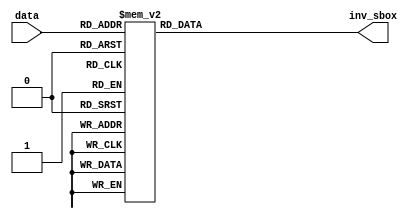

module sub_box(data, inv_sbox);

input [7:0]data;
output reg [7:0]inv_sbox;



always@*
    case(data)
          
      8'h0 : inv_sbox = 8'h52;
	        8'h1 : inv_sbox = 8'h09;
	        8'h2 : inv_sbox = 8'h6A;
	        8'h3 : inv_sbox = 8'hD5;
	        8'h4 : inv_sbox = 8'h30;
	        8'h5 : inv_sbox = 8'h36;
	        8'h6 : inv_sbox = 8'hA5;
	        8'h7 : inv_sbox = 8'h38;
	        8'h8 : inv_sbox = 8'hBF;
	        8'h9 : inv_sbox = 8'h40;
	        8'hA : inv_sbox = 8'hA3;
	        8'hB : inv_sbox = 8'h9E;
	        8'hC : inv_sbox = 8'h81;
	        8'hD : inv_sbox = 8'hF3;
	        8'hE : inv_sbox = 8'hD7;
	        8'hF : inv_sbox = 8'hFB;
	        8'h10 : inv_sbox = 8'h7C;
	        8'h11 : inv_sbox = 8'hE3;
	        8'h12 : inv_sbox = 8'h39;
	        8'h13 : inv_sbox = 8'h82;
	        8'h14 : inv_sbox = 8'h9B;
	        8'h15 : inv_sbox = 8'h2F;
	        8'h16 : inv_sbox = 8'hFF;
	        8'h17 : inv_sbox = 8'h87;
	        8'h18 : inv_sbox = 8'h34;
	        8'h19 : inv_sbox = 8'h8E;
	        8'h1A : inv_sbox = 8'h43;
	        8'h1B : inv_sbox = 8'h44;
	        8'h1C : inv_sbox = 8'hC4;
	        8'h1D : inv_sbox = 8'hDE;
	        8'h1E : inv_sbox = 8'hE9;
	        8'h1F : inv_sbox = 8'hCB;
	        8'h20 : inv_sbox = 8'h54;
	        8'h21 : inv_sbox = 8'h7B;
	        8'h22 : inv_sbox = 8'h94;
	        8'h23 : inv_sbox = 8'h32;
	        8'h24 : inv_sbox = 8'hA6;
	        8'h25 : inv_sbox = 8'hC2;
	        8'h26 : inv_sbox = 8'h23;
	        8'h27 : inv_sbox = 8'h3D;
	        8'h28 : inv_sbox = 8'hEE;
	        8'h29 : inv_sbox = 8'h4C;
	        8'h2A : inv_sbox = 8'h95;
	        8'h2B : inv_sbox = 8'h0B;
	        8'h2C : inv_sbox = 8'h42;
	        8'h2D : inv_sbox = 8'hFA;
	        8'h2E : inv_sbox = 8'hC3;
	        8'h2F : inv_sbox = 8'h4E;
	        8'h30 : inv_sbox = 8'h08;
	        8'h31 : inv_sbox = 8'h2E;
	        8'h32 : inv_sbox = 8'hA1;
	        8'h33 : inv_sbox = 8'h66;
	        8'h34 : inv_sbox = 8'h28;
	        8'h35 : inv_sbox = 8'hD9;
	        8'h36 : inv_sbox = 8'h24;
	        8'h37 : inv_sbox = 8'hB2;
	        8'h38 : inv_sbox = 8'h76;
	        8'h39 : inv_sbox = 8'h5B;
	        8'h3A : inv_sbox = 8'hA2;
	        8'h3B : inv_sbox = 8'h49;
	        8'h3C : inv_sbox = 8'h6D;
	        8'h3D : inv_sbox = 8'h8B;
	        8'h3E : inv_sbox = 8'hD1;
	        8'h3F : inv_sbox = 8'h25;
	        8'h40 : inv_sbox = 8'h72;
	        8'h41 : inv_sbox = 8'hF8;
	        8'h42 : inv_sbox = 8'hF6;
	        8'h43 : inv_sbox = 8'h64;
	        8'h44 : inv_sbox = 8'h86;
	        8'h45 : inv_sbox = 8'h68;
	        8'h46 : inv_sbox = 8'h98;
	        8'h47 : inv_sbox = 8'h16;
	        8'h48 : inv_sbox = 8'hD4;
	        8'h49 : inv_sbox = 8'hA4;
	        8'h4A : inv_sbox = 8'h5C;
	        8'h4B : inv_sbox = 8'hCC;
	        8'h4C : inv_sbox = 8'h5D;
	        8'h4D : inv_sbox = 8'h65;
	        8'h4E : inv_sbox = 8'hB6;
	        8'h4F : inv_sbox = 8'h92;
	        8'h50 : inv_sbox = 8'h6C;
	        8'h51 : inv_sbox = 8'h70;
	        8'h52 : inv_sbox = 8'h48;
	        8'h53 : inv_sbox = 8'h50;
	        8'h54 : inv_sbox = 8'hFD;
	        8'h55 : inv_sbox = 8'hED;
	        8'h56 : inv_sbox = 8'hB9;
	        8'h57 : inv_sbox = 8'hDA;
	        8'h58 : inv_sbox = 8'h5E;
	        8'h59 : inv_sbox = 8'h15;
	        8'h5A : inv_sbox = 8'h46;
	        8'h5B : inv_sbox = 8'h57;
	        8'h5C : inv_sbox = 8'hA7;
	        8'h5D : inv_sbox = 8'h8D;
	        8'h5E : inv_sbox = 8'h9D;
	        8'h5F : inv_sbox = 8'h84;
	        8'h60 : inv_sbox = 8'h90;
	        8'h61 : inv_sbox = 8'hD8;
	        8'h62 : inv_sbox = 8'hAB;
	        8'h63 : inv_sbox = 8'h00;
	        8'h64 : inv_sbox = 8'h8C;
	        8'h65 : inv_sbox = 8'hBC;
	        8'h66 : inv_sbox = 8'hD3;
	        8'h67 : inv_sbox = 8'h0A;
	        8'h68 : inv_sbox = 8'hF7;
	        8'h69 : inv_sbox = 8'hE4;
	        8'h6A : inv_sbox = 8'h58;
	        8'h6B : inv_sbox = 8'h05;
	        8'h6C : inv_sbox = 8'hB8;
	        8'h6D : inv_sbox = 8'hB3;
	        8'h6E : inv_sbox = 8'h45;
	        8'h6F : inv_sbox = 8'h06;
	        8'h70 : inv_sbox = 8'hD0;
	        8'h71 : inv_sbox = 8'h2C;
	        8'h72 : inv_sbox = 8'h1E;
	        8'h73 : inv_sbox = 8'h8F;
	        8'h74 : inv_sbox = 8'hCA;
	        8'h75 : inv_sbox = 8'h3F;
	        8'h76 : inv_sbox = 8'h0F;
	        8'h77 : inv_sbox = 8'h02;
	        8'h78 : inv_sbox = 8'hC1;
	        8'h79 : inv_sbox = 8'hAF;
	        8'h7A : inv_sbox = 8'hBD;
	        8'h7B : inv_sbox = 8'h03;
	        8'h7C : inv_sbox = 8'h01;
	        8'h7D : inv_sbox = 8'h13;
	        8'h7E : inv_sbox = 8'h8A;
	        8'h7F : inv_sbox = 8'h6B;
	        8'h80 : inv_sbox = 8'h3A;
	        8'h81 : inv_sbox = 8'h91;
	        8'h82 : inv_sbox = 8'h11;
	        8'h83 : inv_sbox = 8'h41;
	        8'h84 : inv_sbox = 8'h4F;
	        8'h85 : inv_sbox = 8'h67;
	        8'h86 : inv_sbox = 8'hDC;
	        8'h87 : inv_sbox = 8'hEA;
	        8'h88 : inv_sbox = 8'h97;
	        8'h89 : inv_sbox = 8'hF2;
	        8'h8A : inv_sbox = 8'hCF;
	        8'h8B : inv_sbox = 8'hCE;
	        8'h8C : inv_sbox = 8'hF0;
	        8'h8D : inv_sbox = 8'hB4;
	        8'h8E : inv_sbox = 8'hE6;
	        8'h8F : inv_sbox = 8'h73;
	        8'h90 : inv_sbox = 8'h96;
	        8'h91 : inv_sbox = 8'hAC;
	        8'h92 : inv_sbox = 8'h74;
	        8'h93 : inv_sbox = 8'h22;
	        8'h94 : inv_sbox = 8'hE7;
	        8'h95 : inv_sbox = 8'hAD;
	        8'h96 : inv_sbox = 8'h35;
	        8'h97 : inv_sbox = 8'h85;
	        8'h98 : inv_sbox = 8'hE2;
	        8'h99 : inv_sbox = 8'hF9;
	        8'h9A : inv_sbox = 8'h37;
	        8'h9B : inv_sbox = 8'hE8;
	        8'h9C : inv_sbox = 8'h1C;
	        8'h9D : inv_sbox = 8'h75;
	        8'h9E : inv_sbox = 8'hDF;
	        8'h9F : inv_sbox = 8'h6E;
	        8'hA0 : inv_sbox = 8'h47;
	        8'hA1 : inv_sbox = 8'hF1;
	        8'hA2 : inv_sbox = 8'h1A;
	        8'hA3 : inv_sbox = 8'h71;
	        8'hA4 : inv_sbox = 8'h1D;
	        8'hA5 : inv_sbox = 8'h29;
	        8'hA6 : inv_sbox = 8'hC5;
	        8'hA7 : inv_sbox = 8'h89;
	        8'hA8 : inv_sbox = 8'h6F;
	        8'hA9 : inv_sbox = 8'hB7;
	        8'hAA : inv_sbox = 8'h62;
	        8'hAB : inv_sbox = 8'h0E;
	        8'hAC : inv_sbox = 8'hAA;
	        8'hAD : inv_sbox = 8'h18;
	        8'hAE : inv_sbox = 8'hBE;
	        8'hAF : inv_sbox = 8'h1B;
	        8'hB0 : inv_sbox = 8'hFC;
	        8'hB1 : inv_sbox = 8'h56;
	        8'hB2 : inv_sbox = 8'h3E;
	        8'hB3 : inv_sbox = 8'h4B;
	        8'hB4 : inv_sbox = 8'hC6;
	        8'hB5 : inv_sbox = 8'hD2;
	        8'hB6 : inv_sbox = 8'h79;
	        8'hB7 : inv_sbox = 8'h20;
	        8'hB8 : inv_sbox = 8'h9A;
	        8'hB9 : inv_sbox = 8'hDB;
	        8'hBA : inv_sbox = 8'hC0;
	        8'hBB : inv_sbox = 8'hFE;
	        8'hBC : inv_sbox = 8'h78;
	        8'hBD : inv_sbox = 8'hCD;
	        8'hBE : inv_sbox = 8'h5A;
	        8'hBF : inv_sbox = 8'hF4;
	        8'hC0 : inv_sbox = 8'h1F;
	        8'hC1 : inv_sbox = 8'hDD;
	        8'hC2 : inv_sbox = 8'hA8;
	        8'hC3 : inv_sbox = 8'h33;
	        8'hC4 : inv_sbox = 8'h88;
	        8'hC5 : inv_sbox = 8'h07;
	        8'hC6 : inv_sbox = 8'hC7;
	        8'hC7 : inv_sbox = 8'h31;
	        8'hC8 : inv_sbox = 8'hB1;
	        8'hC9 : inv_sbox = 8'h12;
	        8'hCA : inv_sbox = 8'h10;
	        8'hCB : inv_sbox = 8'h59;
	        8'hCC : inv_sbox = 8'h27;
	        8'hCD : inv_sbox = 8'h80;
	        8'hCE : inv_sbox = 8'hEC;
	        8'hCF : inv_sbox = 8'h5F;
	        8'hD0 : inv_sbox = 8'h60;
	        8'hD1 : inv_sbox = 8'h51;
	        8'hD2 : inv_sbox = 8'h7F;
	        8'hD3 : inv_sbox = 8'hA9;
	        8'hD4 : inv_sbox = 8'h19;
	        8'hD5 : inv_sbox = 8'hB5;
	        8'hD6 : inv_sbox = 8'h4A;
	        8'hD7 : inv_sbox = 8'h0D;
	        8'hD8 : inv_sbox = 8'h2D;
	        8'hD9 : inv_sbox = 8'hE5;
	        8'hDA : inv_sbox = 8'h7A;
	        8'hDB : inv_sbox = 8'h9F;
	        8'hDC : inv_sbox = 8'h93;
	        8'hDD : inv_sbox = 8'hC9;
	        8'hDE : inv_sbox = 8'h9C;
	        8'hDF : inv_sbox = 8'hEF;
	        8'hE0 : inv_sbox = 8'hA0;
	        8'hE1 : inv_sbox = 8'hE0;
	        8'hE2 : inv_sbox = 8'h3B;
	        8'hE3 : inv_sbox = 8'h4D;
	        8'hE4 : inv_sbox = 8'hAE;
	        8'hE5 : inv_sbox = 8'h2A;
	        8'hE6 : inv_sbox = 8'hF5;
	        8'hE7 : inv_sbox = 8'hB0;
	        8'hE8 : inv_sbox = 8'hC8;
	        8'hE9 : inv_sbox = 8'hEB;
	        8'hEA : inv_sbox = 8'hBB;
	        8'hEB : inv_sbox = 8'h3C;
	        8'hEC : inv_sbox = 8'h83;
	        8'hED : inv_sbox = 8'h53;
	        8'hEE : inv_sbox = 8'h99;
	        8'hEF : inv_sbox = 8'h61;
	        8'hF0 : inv_sbox = 8'h17;
	        8'hF1 : inv_sbox = 8'h2B;
	        8'hF2 : inv_sbox = 8'h04;
	        8'hF3 : inv_sbox = 8'h7E;
	        8'hF4 : inv_sbox = 8'hBA;
	        8'hF5 : inv_sbox = 8'h77;
	        8'hF6 : inv_sbox = 8'hD6;
	        8'hF7 : inv_sbox = 8'h26;
	        8'hF8 : inv_sbox = 8'hE1;
	        8'hF9 : inv_sbox = 8'h69;
	        8'hFA : inv_sbox = 8'h14;
	        8'hFB : inv_sbox = 8'h63;
	        8'hFC : inv_sbox = 8'h55;
	        8'hFD : inv_sbox = 8'h21;
	        8'hFE : inv_sbox = 8'h0C;
	        8'hFF : inv_sbox = 8'h7D;
	        default : inv_sbox = 8'h0;
    endcase

endmodule